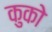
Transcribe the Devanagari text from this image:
कुको